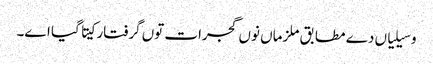
وسیلیاں دے مطابق ملزماں نوں گجرات توں گرفتار کیتا گیا اے۔